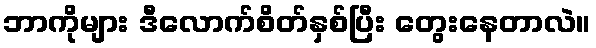
ဘာကိုများ ဒီလောက်စိတ်နှစ်ပြီး တွေးနေတာလဲ။